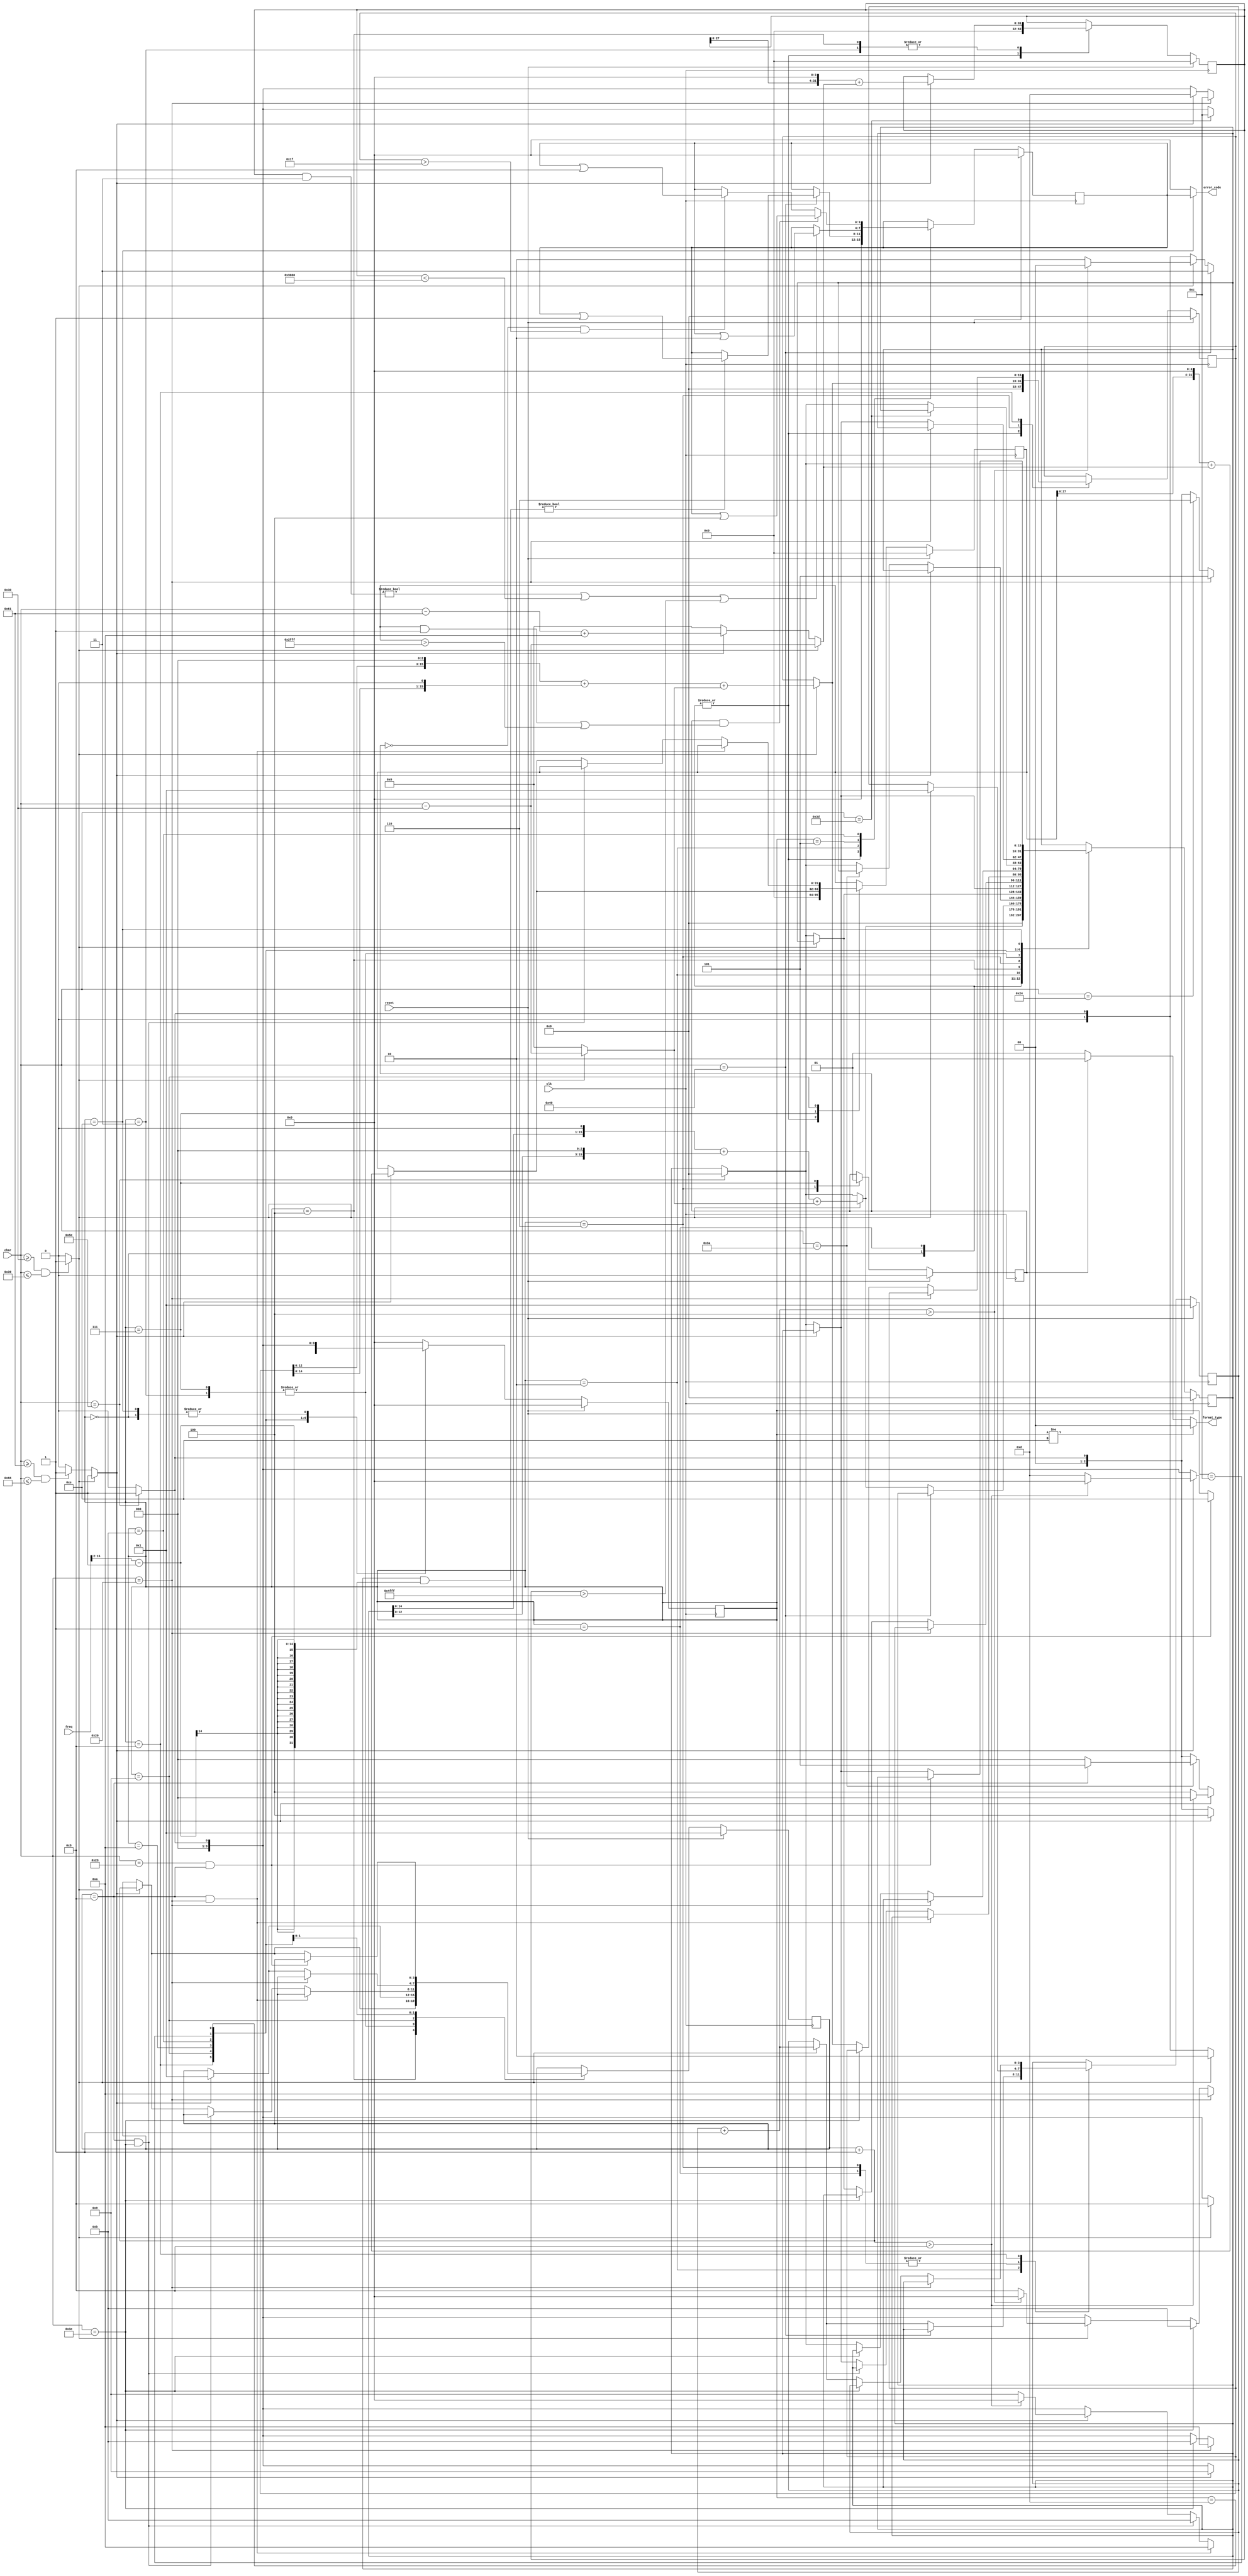
module cpu_checker(
    input clk,
    input reset,
    input [7:0] char,
    input [15:0] freq,
    output [1:0] format_type,
    output [3:0] error_code
    );

    parameter YES = 1'b1;
    parameter N0 = 1'b0;
    
    reg [3:0] status;
    reg [3:0] deccnt;
    reg [3:0] hexcnt;
    reg type;      
       
    reg [15:0] tim;   
    reg [15:0] grf;  
    reg [31:0] pc;  
    reg [31:0] addr;  
    reg [3:0] error;

    wire isdec;
    wire ishex;
    wire [7:0] todec;
    wire [7:0] tohex;

    assign isdec = (char >= "0" && char <= "9") ? 1'b1 : 1'b0; 
    assign ishex = (isdec == 1'b1) ? 1'b1 :
                 (char >= "a" && char <= "f") ? 1'b1 : 1'b0;
   
    assign todec = (isdec == YES) ? char - "0" : 0;
    assign tohex = (isdec == YES) ? char - "0" :
                   (ishex == YES) ? char - "a" + 10 : 0;    
   
    assign format_type = (status != 4'd14) ? 2'b00 :
                         (type == 1'b0) ? 2'b01 : 2'b10; 
    assign error_code = (status == 4'd14) ? error : 4'b0000;
         
    always @ (posedge clk) begin
        if(reset == 1'b1) begin
            status <= 4'd0;
            deccnt <= 4'd1;
            hexcnt <= 4'd1;
            type <= 1'b0;
            tim <= 16'd0;
            grf <= 16'd0;
            pc <= 32'h0000_0000;
            addr <= 32'h0000_0000;
            error <= 4'b0000;
        end
        else begin
            case(status)
                4'd0: begin
                    tim <= 16'd0;
                    grf <= 16'd0;
                    pc <= 32'h0000_0000;
                    addr <= 32'h0000_0000;
                    error <= 4'b0000;
                    if(char == "^") status <= 4'd1;
                    else status <= 4'd0;
                end
                4'd1: begin
                    grf <= 16'd0;
                    pc <= 32'h0000_0000;
                    addr <= 32'h0000_0000;
                    error <= 4'b0000;
                    if(isdec == YES) begin
                        deccnt <= 4'd1;
                        status <= 4'd2;
                        tim <= (tim << 1) + (tim << 3) + todec;
                    end            
                    else if(char == "^") begin
                        status <= 4'd1;
                        tim <= 16'd0;
                    end
                    else status <= 4'd0;
                end
                4'd2: begin
                    if(char == "@") begin
                        status <= 4'd3;
                        if((tim & ((freq >> 2) - 1)) != 16'd0) error <= error | 4'b0001; 
                        else error <= error;
                    end
                    else if(isdec == YES) begin
                        deccnt <= deccnt + 4'd1;
                        tim <= (tim << 1) + (tim << 3) + todec;
                        if(deccnt + 4'd1 > 4'd4) status <= 4'd0;
                        else status <= 4'd2;
                    end
                    else if(char == "^") begin
                        status <= 4'd1;
                        tim <= 16'd0;
                    end
                    else status <= 4'd0;
                end
                4'd3: begin
                    if(ishex == YES) begin
                        hexcnt <= 4'd1;
                        status <= 4'd4;
                        pc <= (pc << 4) + tohex;
                    end
                    else if(char == "^") begin
                        status <= 4'd1;
                        tim <= 16'd0;
                    end
                    else status <= 4'd0;
                end
                4'd4: begin
                    if(ishex == YES) begin
                        hexcnt <= hexcnt + 4'd1;
                        pc <= (pc << 4) + tohex;
                        if(hexcnt + 4'd1 > 4'd8) status <= 4'd0;
                        else status <= 4'd4;
                    end
                    else if(char == ":") begin
                        if(hexcnt == 4'd8) status <= 4'd5;
                        else status <= 4'd0;
                    end
                    else if(char == "^") begin
                        status <= 4'd1;
                        tim <= 16'd0;
                    end
                    else status <= 4'd0;   
                end
                4'd5: begin
                    if((pc&32'b11)!=32'd0 || pc<32'h0000_3000 || pc>32'h0000_4fff)
                                error <= error | 4'b0010;
                    else error <= error;

                    if(char == " ") status <= 4'd5;
                    else if(char == "$") status <= 4'd6;
                    else if(char == "8'd42") status <= 4'd7;
                    else if(char == "^") status <= 4'd1;
                    else status <= 4'd0;
                end
                4'd6: begin
                    type <= 1'b0;
                    if(isdec == YES) begin
                        deccnt <= 4'd1;
                        status <= 4'd8;
                        grf <= (grf << 3) + (grf << 1) + todec;
                    end            
                    else if(char == "^") begin
                        status <= 4'd1;
                        tim <= 16'd0;
                    end
                    else status <= 4'd0;
                end
                4'd7: begin 
                    type <= 1'b1;
                    if(ishex == YES) begin
                        hexcnt <= 4'd1;
                        status <= 4'd9;
                        addr <= (addr << 4) + tohex;
                    end
                    else if(char == "^") begin
                        status <= 4'd1;
                        tim <= 16'd0;
                    end
                    else status <= 4'd0;
                end
                4'd8: begin
                    if(char == " ") status <= 4'd10;
                    else if(char == "<") status <= 4'd11;
                    else if(isdec == YES) begin
                        deccnt <= deccnt + 4'd1;
                        grf <= (grf << 3) + (grf << 1) + todec;
                        if(deccnt + 4'd1 > 4'd4) status <= 4'd0;
                        else status <= 4'd8;
                    end
                    else if(char == "^") begin
                        status <= 4'd1;
                        tim <= 16'd0;
                    end
                    else status <= 4'd0;
                end
                4'd9: begin 
                    if(hexcnt == 4'd8 && char == " ") status <= 4'd10;
                    else if(hexcnt == 4'd8 && char == "<") status <= 4'd11;
                    else if(ishex == YES) begin
                        hexcnt <= hexcnt + 4'd1;
                        addr <= (addr << 4) + tohex;
                        if(hexcnt + 4'd1 > 4'd8) status <= 4'd0;
                        else status <= 4'd9;
                    end
                    else if(char == "^") begin
                        status <= 4'd1;
                        tim <= 16'd0;
                    end
                    else status <= 4'd0;
                end
                4'd10: begin
                    if(char == " ") status <= 4'd10;
                    else if(char == "<") status<= 4'd11;
                    else if(char == "^") begin
                        status <= 4'd1;
                        tim <= 16'd0;
                    end
                    else status <= 4'd0;
                end
                4'd11: begin 
                    if((type==1'b0) && (grf > 16'd31)) 
                        error <= error | 4'b1000;                

                    if((type==1'b1) && ((addr&32'b11!=32'd0) || (addr>32'h0000_2fff))) 
                        error <= error | 4'b0100;

                    if(char == "=") status <= 4'd12;
                    else if(char == "^") begin
                        status <= 4'd1;
                        tim <= 16'd0;
                    end
                    else status <= 4'd0;
                end    
                4'd12: begin
                    if(char == " ") status <= 4'd12;
                    else if(ishex == YES) begin
                        hexcnt <= 4'd1;
                        status <= 4'd13;
                    end
                    else if(char == "^") begin
                        status <= 4'd1;
                        tim <= 16'd0;
                    end
                    else status <= 4'd0;    
                end
                4'd13: begin
                    if(char == "#" && hexcnt == 4'd8) status <= 4'd14;
                    else if(ishex == YES) begin
                        hexcnt <= hexcnt +4'd1;
                        if(hexcnt + 4'd1 > 4'd8) status <= 4'd0;
                        else status <= 4'd13;
                    end    
                    else if(char == "^") begin
                        status <= 4'd1;
                        tim <= 16'd0;
                    end
                    else status <= 4'd0;
                end    
                4'd14: begin
                    if(char == "^") begin
                        status <= 4'd1;
                        tim <= 16'd0;
                    end
                    else status <= 4'd0;
                end
                default: status <= 4'd0;

            endcase
        
        end

    end

endmodule